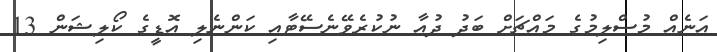
އަނެއް މުސްލިމުގެ މައްޗަށް ބަދު ދުއާ ނުކުރެވޭނެސޭޓާއި ކަންނެލި އޮޑީގެ ކޯލިޝަން 13